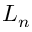
L _ { n }